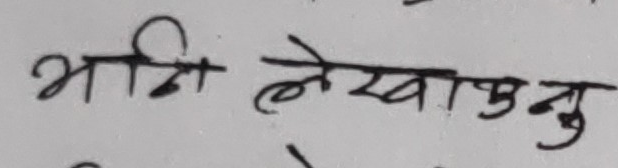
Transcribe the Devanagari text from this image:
भित्री लेखाउनु